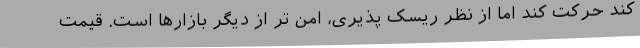
کند حرکت کند اما از نظر ریسک پذیری، امن تر از دیگر بازارها است. قیمت